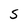
Character: S